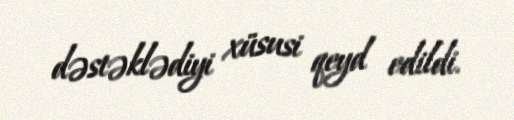
dəstəklədiyi xüsusi qeyd edildi.